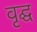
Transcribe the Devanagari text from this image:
वृद्घ